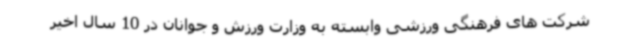
شرکت های فرهنگی ورزشی وابسته به وزارت ورزش و جوانان در 10 سال اخیر